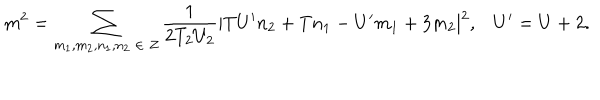
m ^ { 2 } = \sum _ { m _ { 1 } , m _ { 2 } , n _ { 1 } , n _ { 2 } \; \in \; Z } \frac { 1 } { 2 T _ { 2 } U _ { 2 } } | T U ^ { \prime } n _ { 2 } + T n _ { 1 } - U ^ { \prime } m _ { 1 } + 3 m _ { 2 } | ^ { 2 } , U ^ { \prime } = U + 2 .